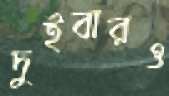
দুইবারও